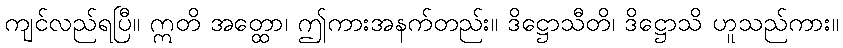
ကျင်လည်ရပြီ။ ဣတိ အတ္ထော၊ ဤကားအနက်တည်း။ ဒိဋ္ဌောသီတိ၊ ဒိဋ္ဌောသိ ဟူသည်ကား။